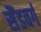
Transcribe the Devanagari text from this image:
सैंडवर्ग